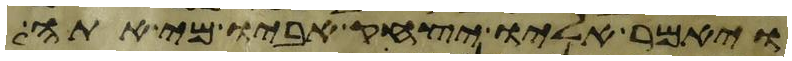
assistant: ויאמר אליו יצחק אביו מי אתה